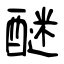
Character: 醚